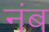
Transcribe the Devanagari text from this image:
नंब